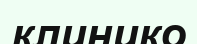
клинико